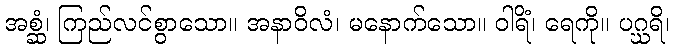
အစ္ဆံ၊ ကြည်လင်စွာသော။ အနာဝိလံ၊ မနောက်သော။ ဝါရိံ၊ ရေကို။ ပဂ္ဃရိ၊